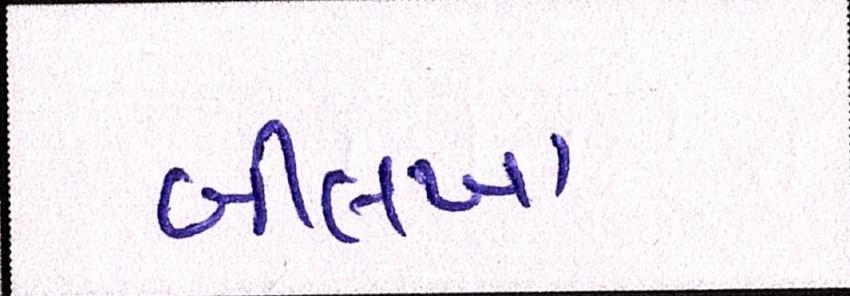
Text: બીલખા